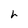
Character: h